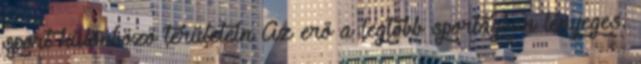
sport különböző területein Az erő a legtöbb sportágban lényeges.